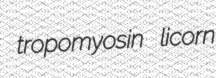
tropomyosin licorn